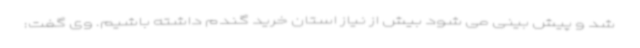
شد و پیش بینی می شود بیش از نیاز استان خرید گندم داشته باشیم. وی گفت: